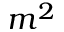
m ^ { 2 }